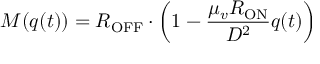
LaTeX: M ( q ( t ) ) = R _ { \mathrm { O F F } } \cdot \left( 1 - { \frac { \mu _ { v } R _ { \mathrm { O N } } } { D ^ { 2 } } } q ( t ) \right)